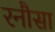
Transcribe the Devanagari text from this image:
रनौसा